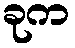
ခုက